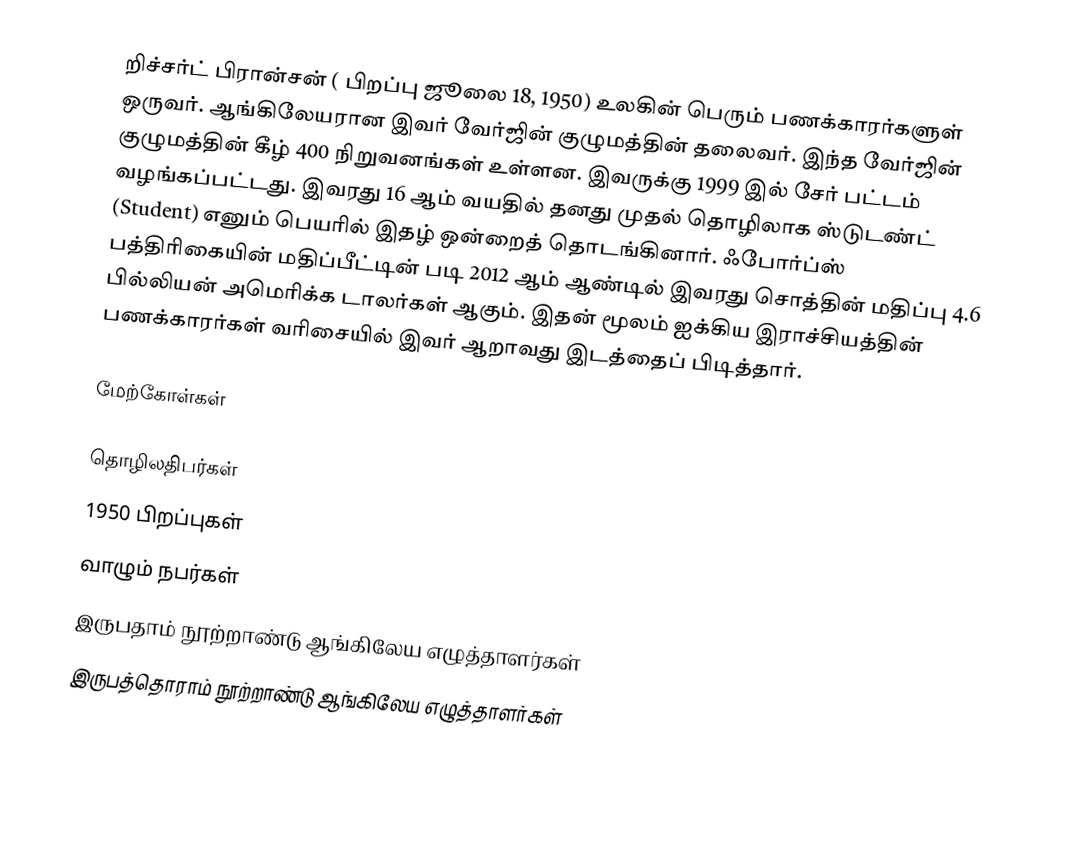
றிச்சர்ட் பிரான்சன் ( பிறப்பு ஜூலை 18, 1950) உலகின் பெரும் பணக்காரர்களுள் ஒருவர். ஆங்கிலேயரான இவர் வேர்ஜின் குழுமத்தின் தலைவர். இந்த வேர்ஜின் குழுமத்தின் கீழ் 400 நிறுவனங்கள் உள்ளன. இவருக்கு 1999 இல் சேர் பட்டம் வழங்கப்பட்டது. இவரது 16 ஆம் வயதில் தனது முதல் தொழிலாக ஸ்டுடண்ட் (Student) எனும் பெயரில் இதழ் ஒன்றைத் தொடங்கினார். ஃபோர்ப்ஸ் பத்திரிகையின் மதிப்பீட்டின் படி 2012 ஆம் ஆண்டில் இவரது சொத்தின் மதிப்பு 4.6 பில்லியன் அமெரிக்க டாலர்கள் ஆகும். இதன் மூலம் ஐக்கிய இராச்சியத்தின் பணக்காரர்கள் வரிசையில் இவர் ஆறாவது இடத்தைப் பிடித்தார்.

மேற்கோள்கள்

தொழிலதிபர்கள்
1950 பிறப்புகள்
வாழும் நபர்கள்
இருபதாம் நூற்றாண்டு ஆங்கிலேய எழுத்தாளர்கள்
இருபத்தொராம் நூற்றாண்டு ஆங்கிலேய எழுத்தாளர்கள்